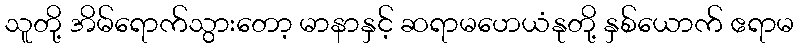
သူတို့ အိမ်ရောက်သွားတော့ မာနာနှင့် ဆရာမဟေယံနုတို့ နှစ်ယောက် ဧရာမ